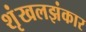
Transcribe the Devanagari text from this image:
शृंखलझंकार